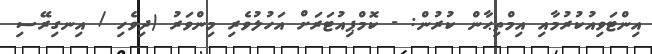
އިންޓަވިއުކުރުމާއި އިމްތިޙާން ކުރުން: - ކޮމްޕިއުޓަރަށް އަހުލުވެރި މިންވަރު (ދިވެހި / އިނގިރޭސި